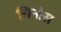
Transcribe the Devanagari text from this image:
चिनोस